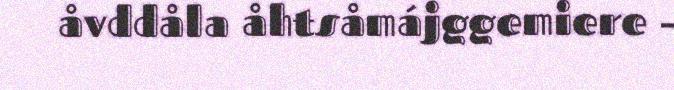
åvddåla åhtsåmájggemiere –